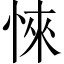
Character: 𢜞